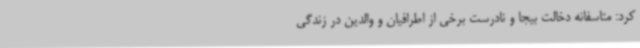
کرد: متاسفانه دخالت بیجا و نادرست برخی از اطرافیان و والدین در زندگی